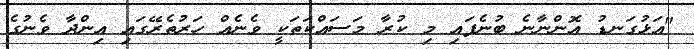
"އަޅުގަނޑު އޮންނާނެ ބުނެފައި މި ކުރާ މަސައްކަތަކީ ވެނެއް ހަރުތެރޭގައި އިންދާ ވެނުގެ